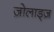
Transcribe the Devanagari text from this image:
ज़ोलाड्ज़